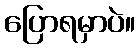
ပြောရမှာပဲ။